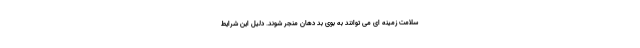
سلامت زمینه ای می توانند به بوی بد دهان منجر شوند. دلیل این شرایط